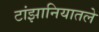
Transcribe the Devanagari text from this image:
टांझानियातले